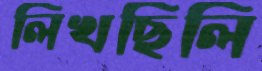
লিখছিলি